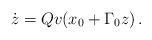
LaTeX: \begin{align*}\dot z = Qv(x_0+\Gamma_0 z)\,.\end{align*}